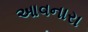
આવનારા